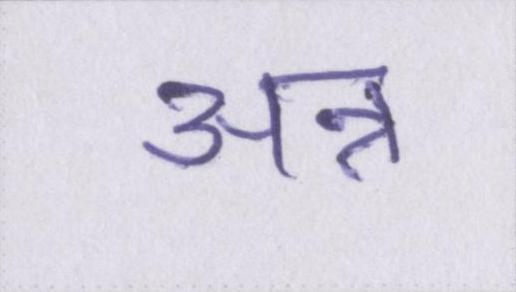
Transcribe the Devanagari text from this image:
अन्न